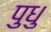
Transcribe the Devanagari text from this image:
पुधु